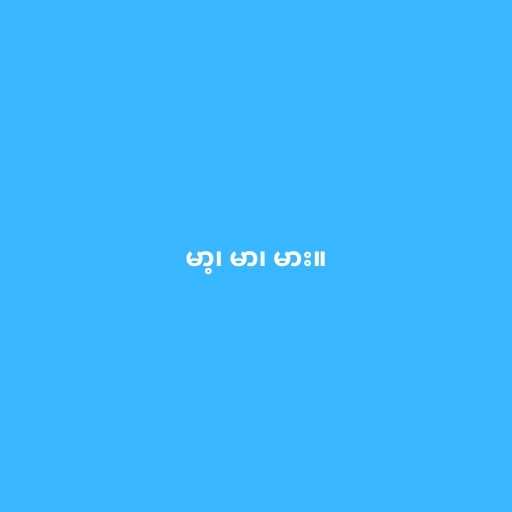
မာ့၊ မာ၊ မား။